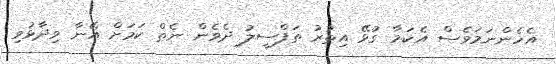
އެހެންނަމަވެސް އެކަމާ ގުޅޭ އިތުރު ތަފްސީލު ދެވެން ނެތް ކަމަށް އޭނާ ވިދާޅުވި